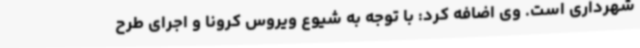
شهرداری است. وی اضافه کرد: با توجه به شیوع ویروس کرونا و اجرای طرح